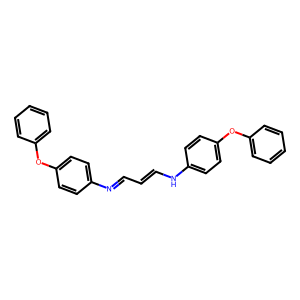
SMILES: C(=CNc1ccc(Oc2ccccc2)cc1)C=Nc1ccc(Oc2ccccc2)cc1
Inhibits HIV replication: No